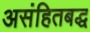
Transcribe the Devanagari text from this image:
असंहितबद्ध